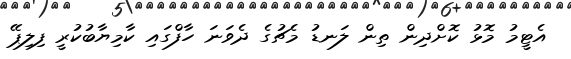
އެޓީމު މޮޅު ކޮށްދިން ތިން ލަނޑު މެޗުގެ ދެވަނަ ހާފްގައި ކާމިޔާބުކުރީ ފިލިޕޭ